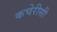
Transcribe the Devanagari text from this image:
कचेरीसी